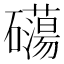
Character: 𥗔